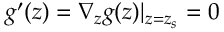
g ^ { \prime } ( z ) = \nabla _ { z } g ( z ) | _ { z = z _ { s } } = 0